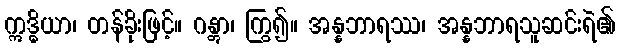
ဣဒ္ဓိယာ၊ တန်ခိုးဖြင့်။ ဂန္တွာ၊ ကြွ၍။ အန္နဘာရဿ၊ အန္နဘာရသူဆင်းရဲ၏